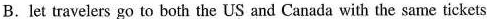
B. let travelers go to both the US and Canada with the same tickets